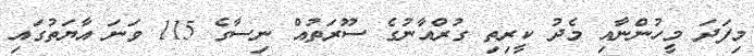
މިފަދަ މީހުންނާއި މެދު ކީރިތި ގުރްއާނުގެ ސޫރަތުއް ނިސާގެ 115 ވަނަ އާޔަތުގައި